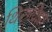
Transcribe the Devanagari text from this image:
थिरुविझा